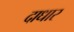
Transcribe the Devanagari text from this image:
दाधार